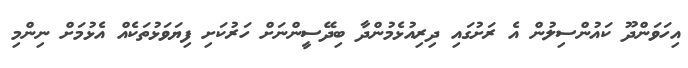
އިހަވަންދޫ ކައުންސިލުން އެ ރަށުގައި ދިރިއުޅެމުންދާ ބިދޭސީންނަށް ހަރުކަށި ފިޔަވަޅުތަކެއް އެޅުމަށް ނިންމި